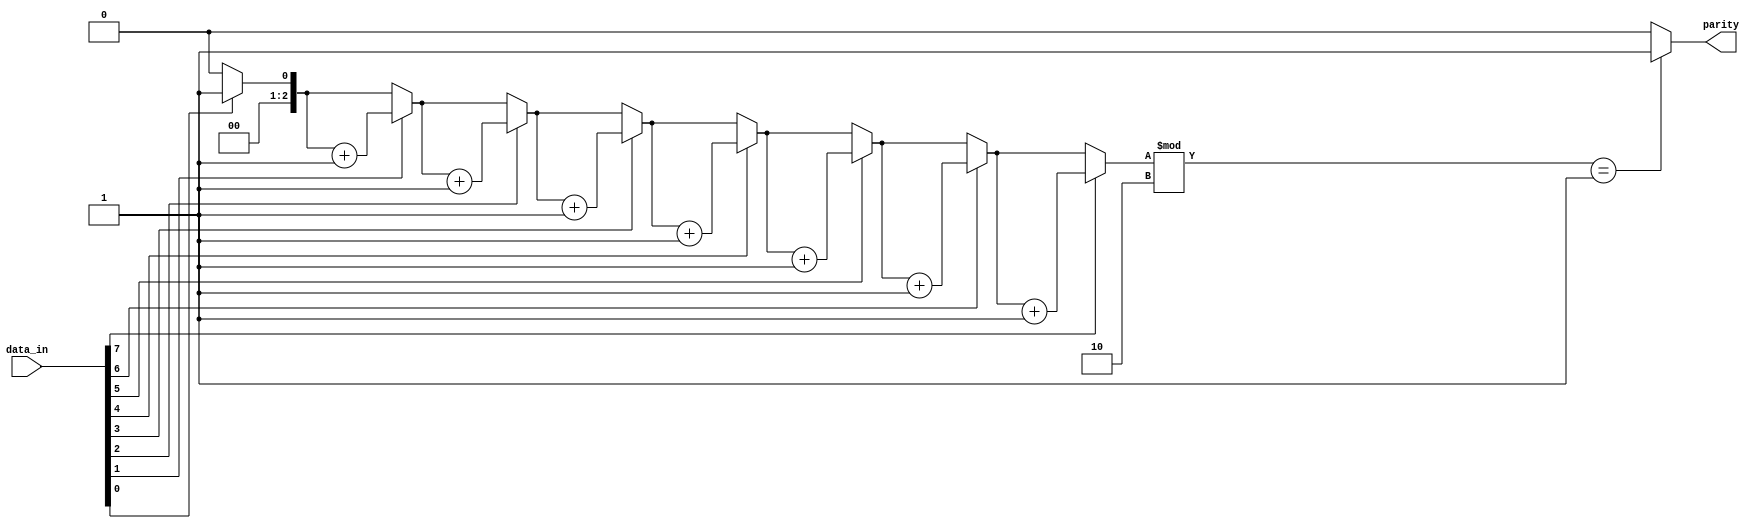
module parity_checker (
    input [7:0] data_in,
    output reg parity
);

// Internal signals
reg [7:0] data_temp;
reg [2:0] count; // Changed to reg [2:0] to accommodate count up to 8

// Loop variable declaration
integer i;

// Assign the temporary data to the input and count the number of ones
always @ (data_in)
begin
    data_temp <= data_in; // Non-blocking assignment
    count = 0;
    for (i = 0; i < 8; i = i + 1) // Loop variable usage
    begin
        if (data_in[i] == 1'b1)
            count = count + 1;
    end
end

// Check if count is odd to set the parity
always @* // Sensitivity to all signals in the block
begin
    if (count % 2 == 1)
        parity = 1'b1; // Blocking assignment
    else
        parity = 1'b0; // Blocking assignment
end

endmodule